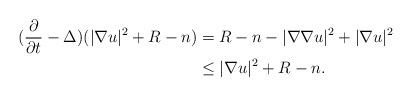
\begin{align*}(\frac{\partial}{\partial t}-\Delta)(|\nabla u|^2+R-n)&=R-n-|\nabla\nabla u|^2+|\nabla u|^2\\&\leq |\nabla u|^2+R-n.\end{align*}